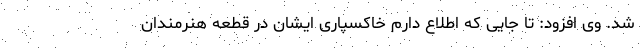
شد. وی افزود: تا جایی که اطلاع‌ دارم خاکسپاری ایشان در قطعه هنرمندان